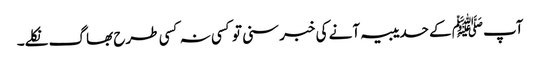
آپﷺ کے حدیبیہ آنے کی خبر سنی تو کسی نہ کسی طرح بھاگ نکلے۔